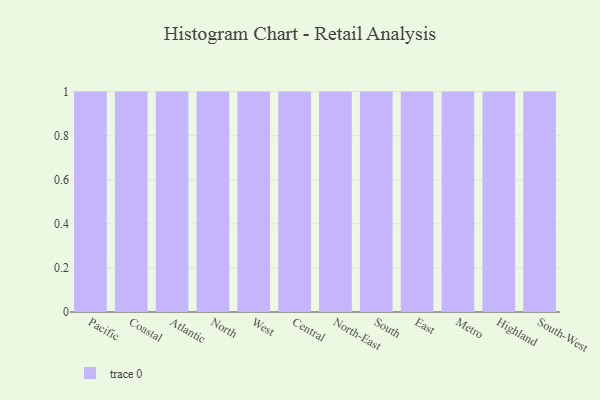
{"axis": {"x": "Region", "y": "Website Visitors"}, "legend": [""], "data": [{"x": "Pacific", "y": 84, "type": ""}, {"x": "Coastal", "y": 29, "type": ""}, {"x": "Atlantic", "y": 53, "type": ""}, {"x": "North", "y": 10, "type": ""}, {"x": "West", "y": 59, "type": ""}, {"x": "Central", "y": 36, "type": ""}, {"x": "North-East", "y": 6, "type": ""}, {"x": "South", "y": 13, "type": ""}, {"x": "East", "y": 100, "type": ""}, {"x": "Metro", "y": 12, "type": ""}, {"x": "Highland", "y": 98, "type": ""}, {"x": "South-West", "y": 63, "type": ""}]}